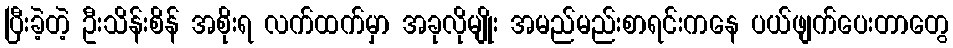
ပြီးခဲ့တဲ့ ဦးသိန်းစိန် အစိုးရ လက်ထက်မှာ အခုလိုမျိုး အမည်မည်းစာရင်းကနေ ပယ်ဖျက်ပေးတာတွေ